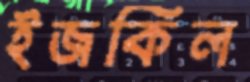
ইজকিল